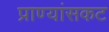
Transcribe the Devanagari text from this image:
प्राण्यांसकट